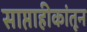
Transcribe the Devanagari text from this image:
साप्ताहीकांतून